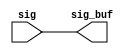
module sctag_pcx_rptr_3 (
   sig_buf, 
   sig
   );
output  [163:0] sig_buf;
input   [163:0] sig;
assign  sig_buf  = sig;
endmodule